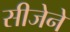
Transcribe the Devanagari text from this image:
सीजेने